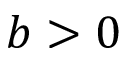
b > 0